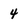
Character: 4